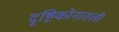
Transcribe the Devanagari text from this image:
दृष्टिकोनातली